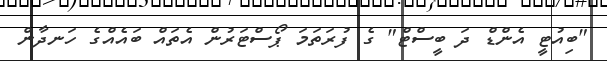
"ބިއުޓީ އެންޑް ދަ ބީސްޓް" ގެ ފުރަތަމަ ޕޯސްޓަރުން އެތައް ބައެއްގެ ހަނދާން